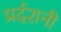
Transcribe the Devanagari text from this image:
प्रर्दशनी